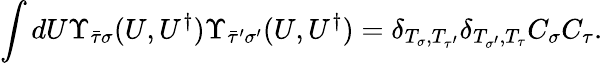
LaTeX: \int dU\Upsilon_{\bar{\tau}\sigma}(U,U^{\dagger})\Upsilon_{\bar{\tau}^{\prime}\sigma^{\prime}}(U,U^{\dagger})=\delta_{T_{\sigma},T_{\tau^{\prime}}}\delta_{T_{\sigma^{\prime}},T_{\tau}}C_{\sigma}C_{\tau}.